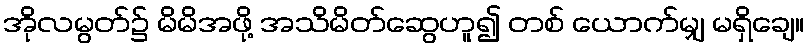
အိုလမွတ်၌ မိမိအဖို့ အသိမိတ်ဆွေဟူ၍ တစ် ယောက်မျှ မရှိချေ။